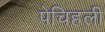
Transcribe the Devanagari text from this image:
पेचिहली